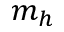
m _ { h }